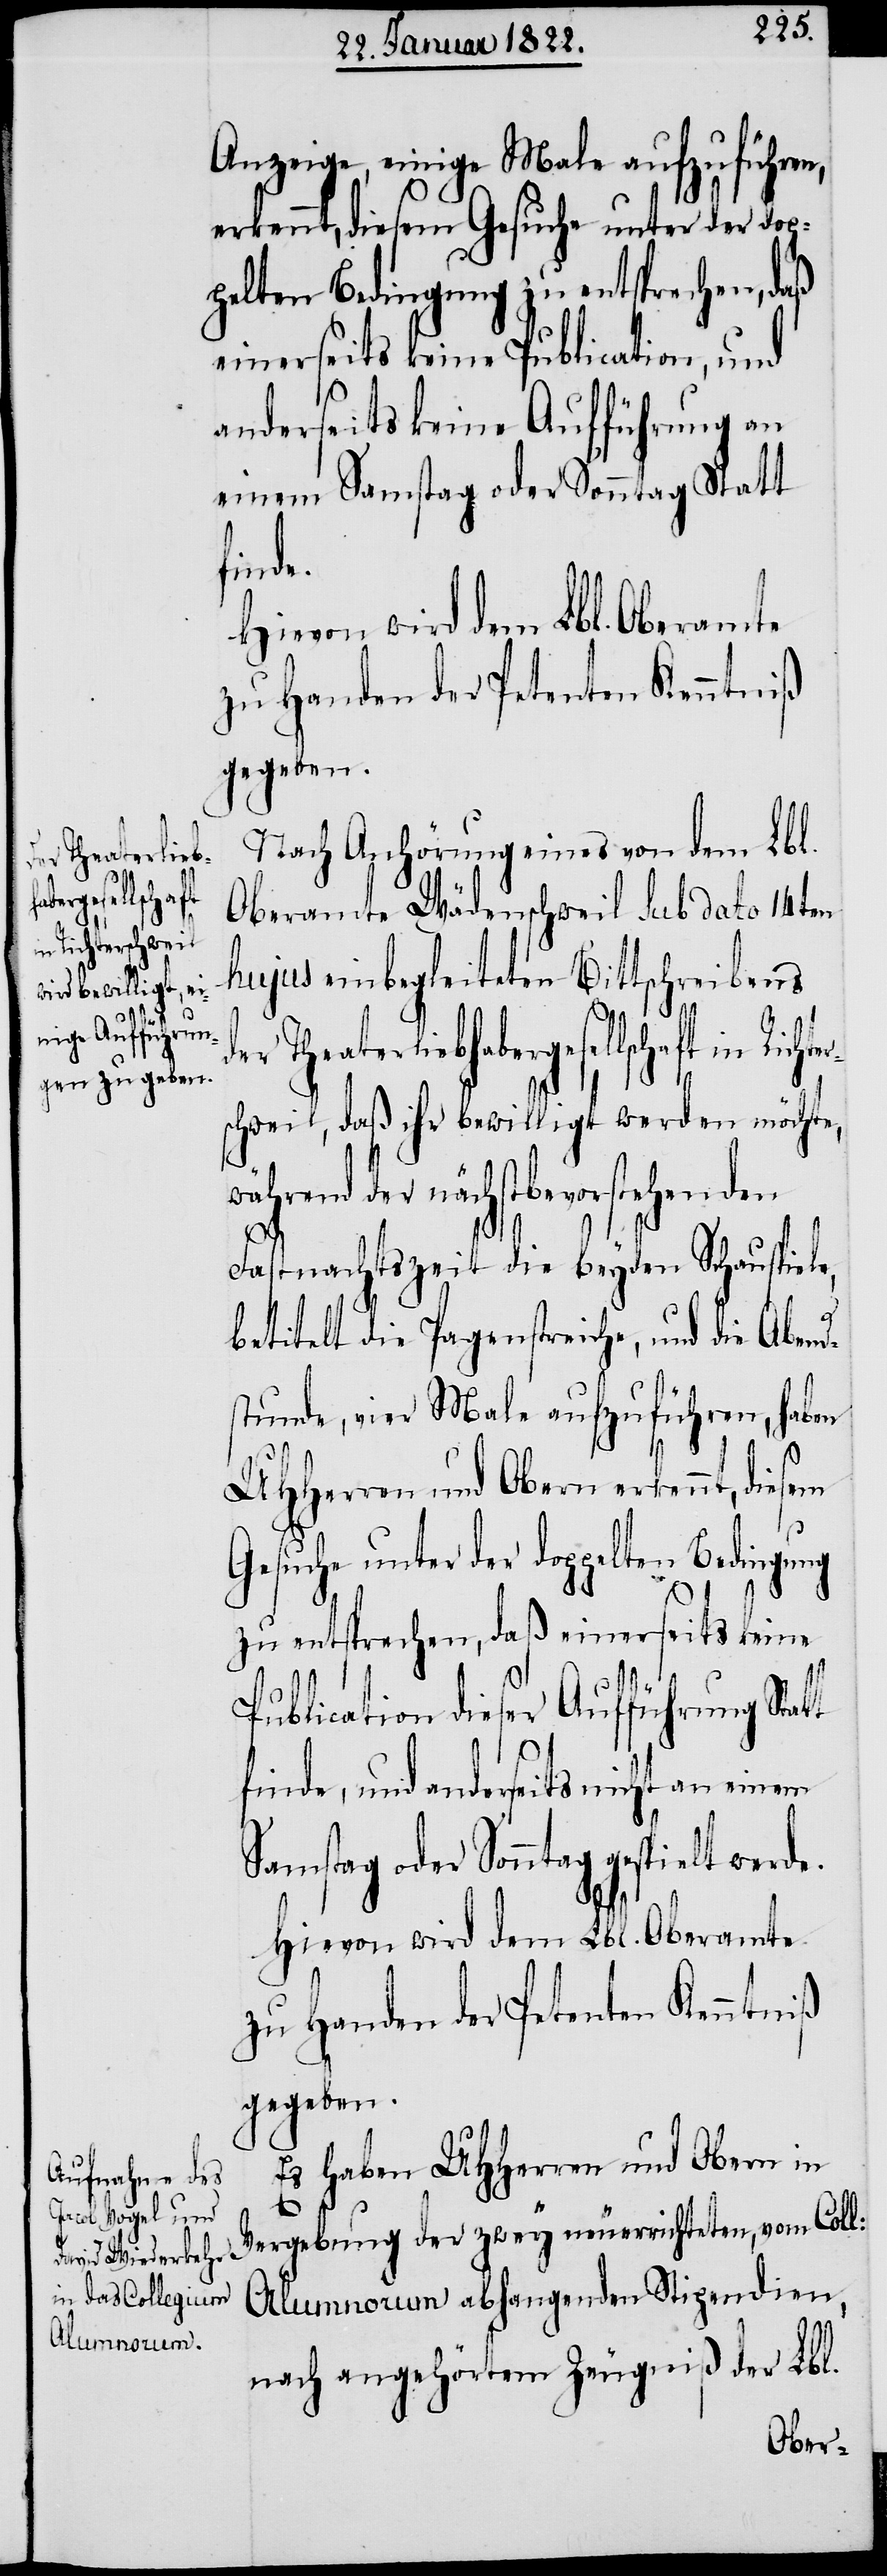
der Theaterlieb¬
sem

Anzeige, einige Male aufzuführen,
rkennt, diesem Gesuche unter der dop¬
pelten Bedingung zu entsprechen, daß
einerseits keine Publication, und
anderseits keine Aufführung an
einem Samstag oder Sonntag Statt
finde,
zu Handen der Petenten Kenntniß
gegeben.
Nach Anhörung eines von dem Lbl.
Oberamte Wädenschweil sub dato 14ten
hujus einbegleiteten Bittschreibens
habergesellschaft in Rich¬
schweil, daß ihr bewilligt werden möchte,
der nächstbevorstehenden
Fastnachtszeit die beyden Schauspiele
t
betitelt die Pagenstreiche, und die Abend¬
stunde, vier Male aufzuführen, haben
UHHerren und Obern erkennt, die¬
Gesuche unter der doppelten Bedingung
zu entsprechen, daß einerseits keine
Publication dieser Aufführung Stat¬
und anderseits nicht an einem
Samstag oder Sonntag gespielt werde.
Hievon wird dem Lbl. Oberamte
zu Handen der Petenten Kenntniß
gegeben.
Es haben UHHerren und Obern in
Vergebung der zwey neuerrichteten, vom Coll:
Alumnorum abhangenden Stipendien,
nach angehörtem Zeugniß der Lbl.